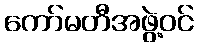
ကော်မတီအဖွဲ့ဝင်